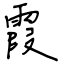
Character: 霞